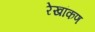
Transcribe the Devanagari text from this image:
रेखांकण